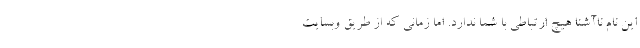
این نام ناآشنا هیچ ارتباطی با شما ندارد. اما زمانی که از طریق وبسایت